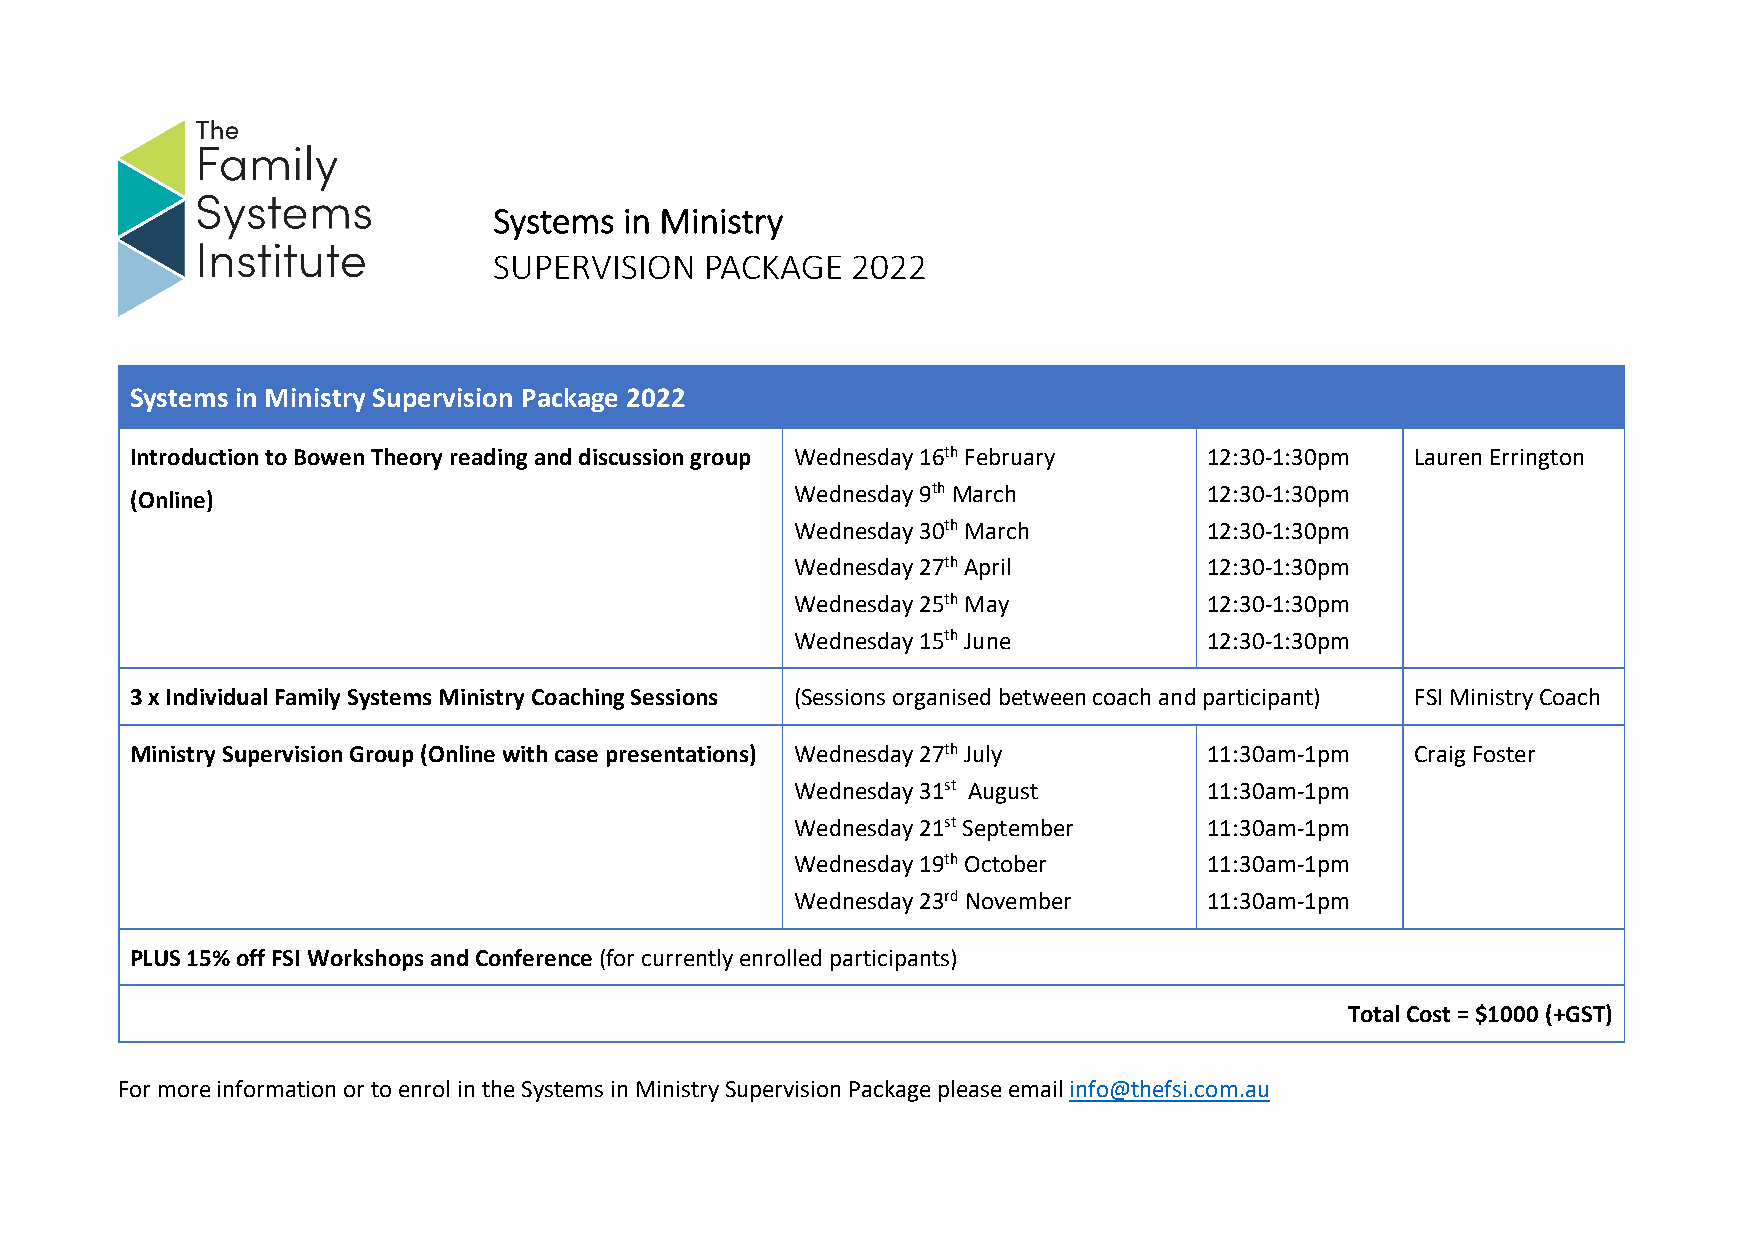
Systems in Ministry
 SUPERVISION   PACKAGE  2022
 Systems in Ministry Supervision Package 2022
 Introduction to Bowen Theory reading and discussion group Wednesday 16th February 12:30-1:30pm Lauren Errington
 Wednesday 9th March        12:30-1:30pm
 (Online)
 Wednesday 30th March       12:30-1:30pm
 Wednesday 27th April       12:30-1:30pm
 Wednesday 25th May         12:30-1:30pm
 Wednesday 15th June        12:30-1:30pm
 3 x Individual Family Systems Ministry Coaching Sessions (Sessions organised between coach and participant) FSI Ministry Coach
 Ministry Supervision Group (Online with case presentations) Wednesday 27th July 11:30am-1pm Craig Foster
 Wednesday 31st August      11:30am-1pm
 Wednesday 21st September   11:30am-1pm
 Wednesday 19th October     11:30am-1pm
 Wednesday 23rd November    11:30am-1pm
 PLUS 15% off FSI Workshops and Conference (for currently enrolled participants)
 Total Cost = $1000 (+GST)
 For more information or to enrol in the Systems in Ministry Supervision Package please email info@thefsi.com.au